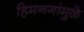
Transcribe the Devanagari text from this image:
हिमनगांमुळे